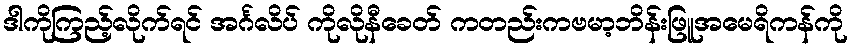
ဒါကိုကြည့်လိုက်ရင် အင်္ဂလိပ် ကိုလိုနီခေတ် ကတည်းကဗမာ့ဘိန်းဖြူအမေရိကန်ကို